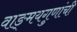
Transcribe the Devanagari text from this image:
वाङ्‌मयगुणांची